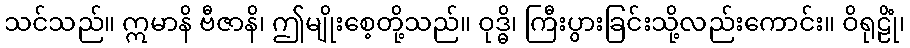
သင်သည်။ ဣမာနိ ဗီဇာနိ၊ ဤမျိုးစေ့တို့သည်။ ဝုဒ္ဓိ၊ ကြီးပွားခြင်းသို့လည်းကောင်း။ ဝိရုဠိုံ၊